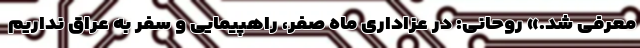
معرفی شد.» روحانی: در عزاداری ماه صفر، راهپیمایی و سفر به عراق نداریم